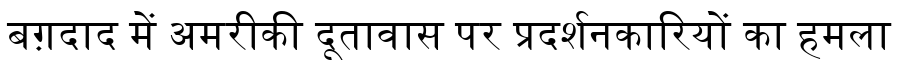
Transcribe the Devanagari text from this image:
बग़दाद में अमरीकी दूतावास पर प्रदर्शनकारियों का हमला